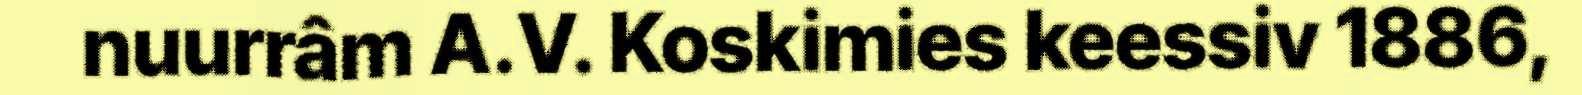
nuurrâm A.V. Koskimies keessiv 1886,